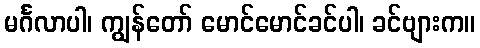
မင်္ဂလာပါ၊ ကျွန်တော် မောင်မောင်ခင်ပါ၊ ခင်ဗျားက။